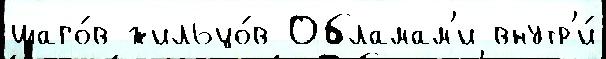
шаго́в жильцо́в Обламам'и внутр'и́